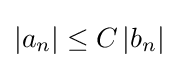
\left\vert a_{n}\right\vert \leq C\left\vert b_{n}\right\vert